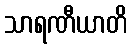
သာရဏီယာတိ